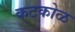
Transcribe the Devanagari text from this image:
कटकोळ